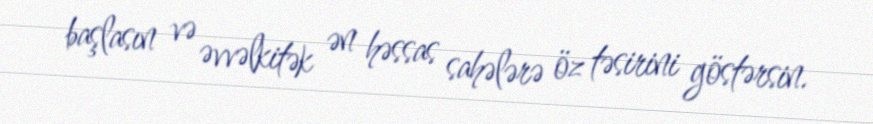
başlasın və əvvəlkitək ən həssas sahələrə öz təsirini göstərsin.